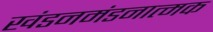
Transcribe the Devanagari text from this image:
खंडनमंडनात्मक